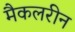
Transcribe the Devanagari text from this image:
मैकलरीन